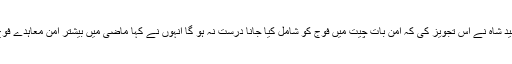
جب ان سے پوچھا گیا کہ اپوزیشن لیڈر سید خورشید شاہ نے اس تجویز کی کہ امن بات چیت میں فوج کو شامل کیا جانا درست نہ ہو گا انہوں نے کہا ماضی میں بیشتر امن معاہدے فوج اور مقامی طالبان کے مابین ہی ہوتے رہے ہیں۔